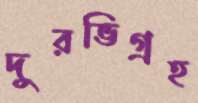
দুরভিগ্রহ